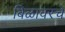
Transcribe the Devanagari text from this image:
बिळावरचे